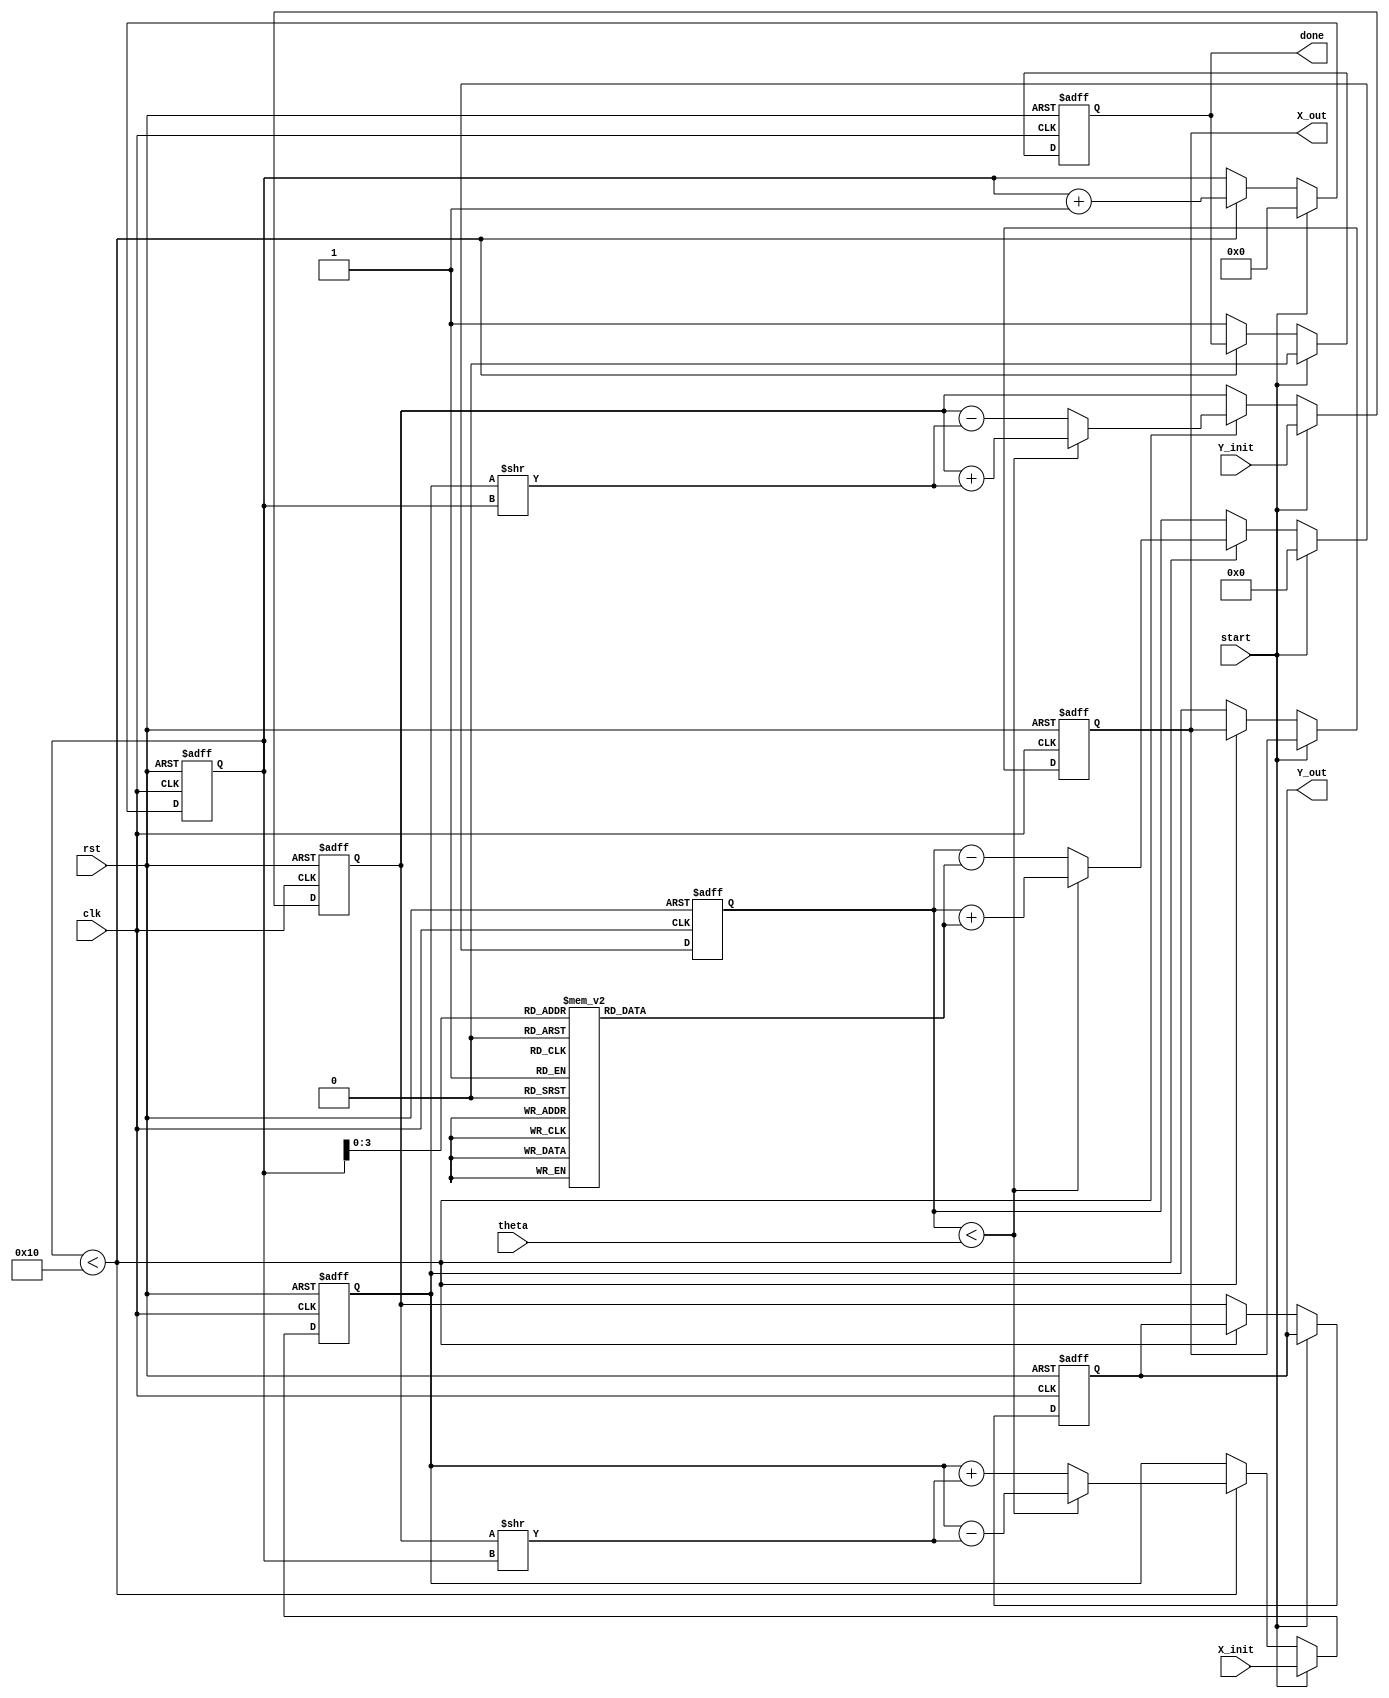
module cordic_fixed_point #(
    parameter N = 16,        // Total bits for fixed-point representation
    parameter I = 8,         // Integer bits
    parameter ITERATIONS = 16 // Number of iterations for convergence
)(
    input wire clk,
    input wire rst,
    input wire [N-1:0] theta, // Input angle in fixed-point
    input wire [N-1:0] X_init, // Initial X coordinate
    input wire [N-1:0] Y_init, // Initial Y coordinate
    input wire start,          // Start signal for computation
    output reg [N-1:0] X_out,  // Output X coordinate
    output reg [N-1:0] Y_out,  // Output Y coordinate
    output reg done            // Done signal
);

    // Internal signals
    reg [N-1:0] X, Y;
    reg [N-1:0] angle_table [0:ITERATIONS-1];
    reg [4:0] i;               // Iteration counter
    reg [N-1:0] theta_accum;   // Accumulated angle
    reg [N-1:0] d;             // Direction (1 or -1)

    // Initialize angle table (arctan(2^-i) values)
    initial begin
        angle_table[0] = 16'h3243; // atan(2^0) in fixed-point
        angle_table[1] = 16'h1DAC; // atan(2^-1)
        angle_table[2] = 16'h0FA3; // atan(2^-2)
        angle_table[3] = 16'h07D1; // atan(2^-3)
        angle_table[4] = 16'h03E0; // atan(2^-4)
        angle_table[5] = 16'h01F1; // atan(2^-5)
        angle_table[6] = 16'h00FC; // atan(2^-6)
        angle_table[7] = 16'h007E; // atan(2^-7)
        angle_table[8] = 16'h003E; // atan(2^-8)
        angle_table[9] = 16'h001F; // atan(2^-9)
        angle_table[10] = 16'h000F; // atan(2^-10)
        angle_table[11] = 16'h0007; // atan(2^-11)
        angle_table[12] = 16'h0003; // atan(2^-12)
        angle_table[13] = 16'h0001; // atan(2^-13)
        angle_table[14] = 16'h0000; // atan(2^-14)
        angle_table[15] = 16'h0000; // atan(2^-15)
    end

    // FSM for CORDIC computation
    always @(posedge clk or posedge rst) begin
        if (rst) begin
            X <= 0;
            Y <= 0;
            theta_accum <= 0;
            i <= 0;
            done <= 0;
            X_out <= 0;
            Y_out <= 0;
        end else if (start) begin
            // Initialize values
            X <= X_init;
            Y <= Y_init;
            theta_accum <= 0;
            i <= 0;
            done <= 0;
        end else if (i < ITERATIONS) begin
            // Determine direction
            if (theta_accum < theta) begin
                d <= 1; // Counter-clockwise
                X <= X - (Y >> i);
                Y <= Y + (X >> i);
                theta_accum <= theta_accum + angle_table[i];
            end else begin
                d <= -1; // Clockwise
                X <= X + (Y >> i);
                Y <= Y - (X >> i);
                theta_accum <= theta_accum - angle_table[i];
            end
            i <= i + 1;
        end else begin
            // Final output
            X_out <= X;
            Y_out <= Y;
            done <= 1;
        end
    end

endmodule